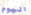
اليوم